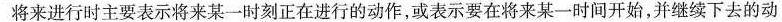
将来进行时主要表示将来某一时刻正在进行的动作，或表示要在将来某一时间开始，并继续下去的动